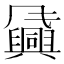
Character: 𬲈